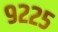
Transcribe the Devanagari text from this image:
९२२५